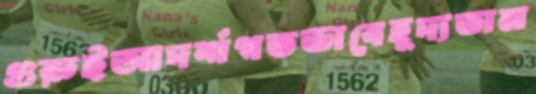
গুরুইআদর্শগতভাবেহূদ্যতাম